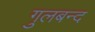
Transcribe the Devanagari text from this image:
गुलबन्द